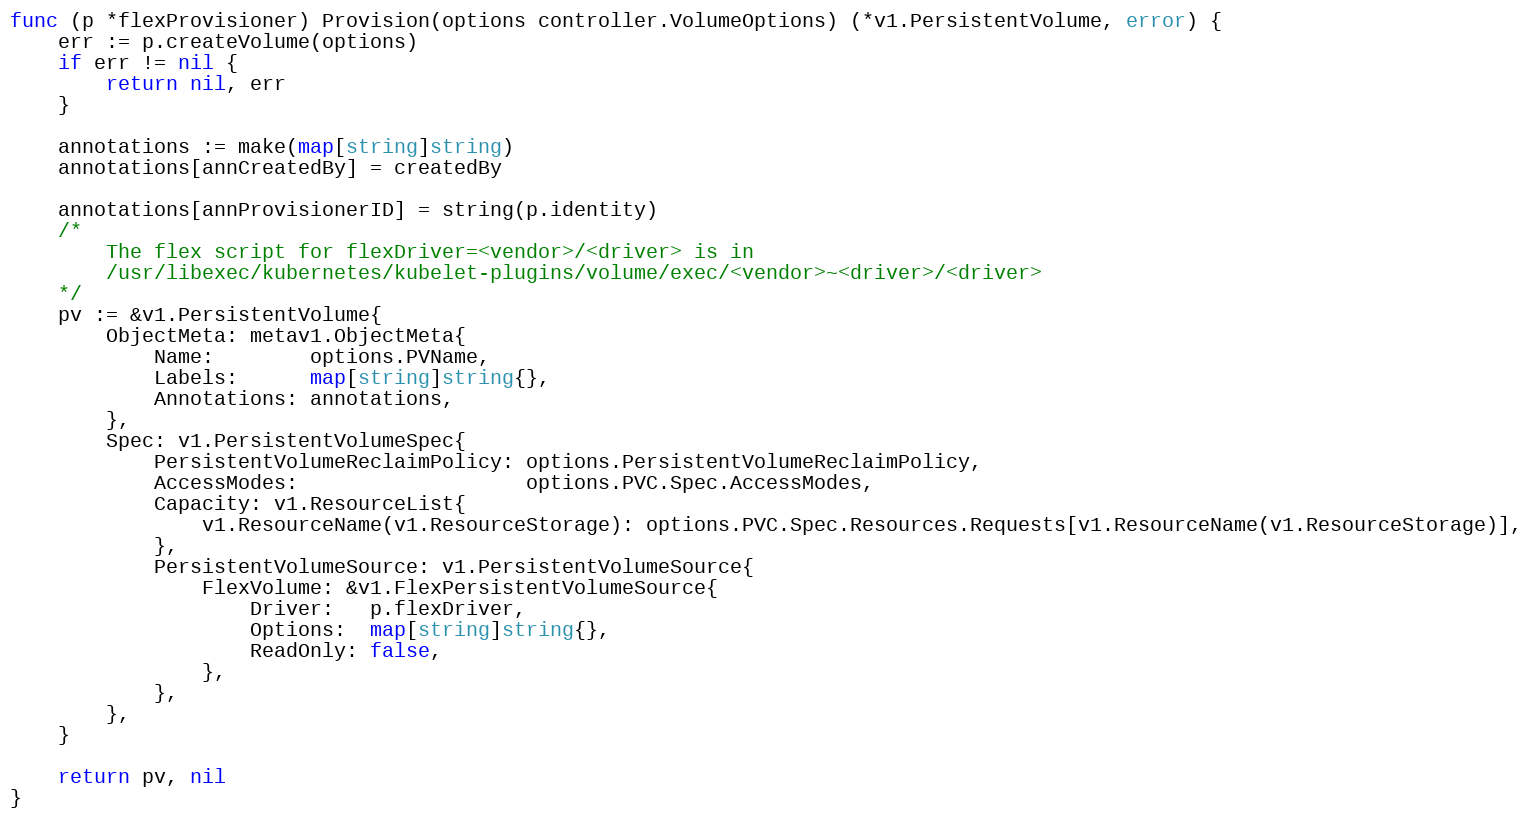
Language: Go
func (p *flexProvisioner) Provision(options controller.VolumeOptions) (*v1.PersistentVolume, error) {
	err := p.createVolume(options)
	if err != nil {
		return nil, err
	}

	annotations := make(map[string]string)
	annotations[annCreatedBy] = createdBy

	annotations[annProvisionerID] = string(p.identity)
	/*
		The flex script for flexDriver=<vendor>/<driver> is in
		/usr/libexec/kubernetes/kubelet-plugins/volume/exec/<vendor>~<driver>/<driver>
	*/
	pv := &v1.PersistentVolume{
		ObjectMeta: metav1.ObjectMeta{
			Name:        options.PVName,
			Labels:      map[string]string{},
			Annotations: annotations,
		},
		Spec: v1.PersistentVolumeSpec{
			PersistentVolumeReclaimPolicy: options.PersistentVolumeReclaimPolicy,
			AccessModes:                   options.PVC.Spec.AccessModes,
			Capacity: v1.ResourceList{
				v1.ResourceName(v1.ResourceStorage): options.PVC.Spec.Resources.Requests[v1.ResourceName(v1.ResourceStorage)],
			},
			PersistentVolumeSource: v1.PersistentVolumeSource{
				FlexVolume: &v1.FlexPersistentVolumeSource{
					Driver:   p.flexDriver,
					Options:  map[string]string{},
					ReadOnly: false,
				},
			},
		},
	}

	return pv, nil
}